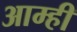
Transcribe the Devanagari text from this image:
आम्‍ही